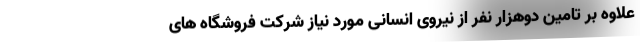
علاوه بر تامین دوهزار نفر از نیروی انسانی مورد نیاز شرکت فروشگاه های